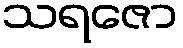
သရဇော